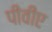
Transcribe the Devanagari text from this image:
पीवीए